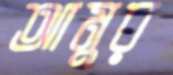
আমুর